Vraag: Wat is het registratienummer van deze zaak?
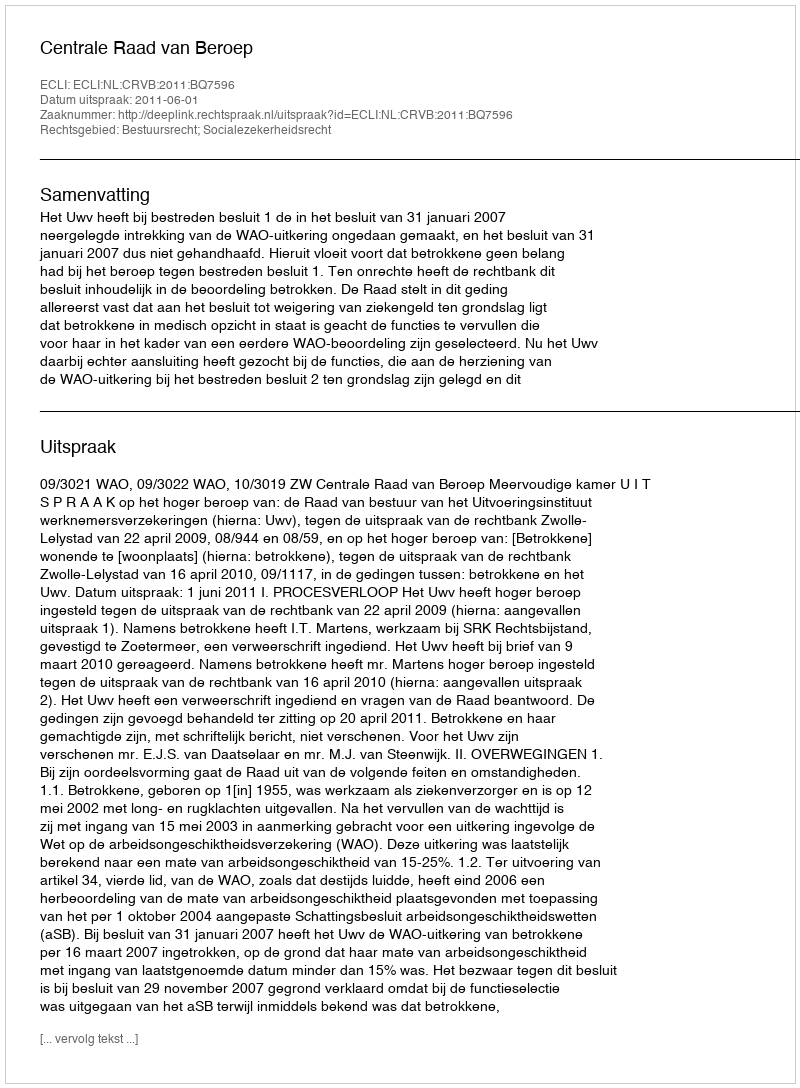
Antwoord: http://deeplink.rechtspraak.nl/uitspraak?id=ECLI:NL:CRVB:2011:BQ7596